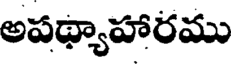
అపథ్యాహారము